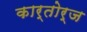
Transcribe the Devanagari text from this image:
कार्तोर्ज